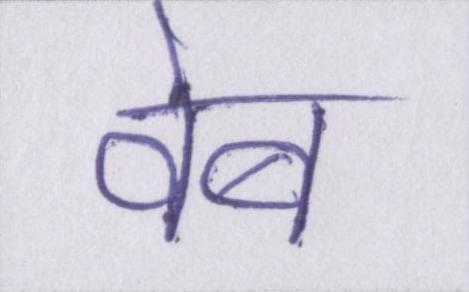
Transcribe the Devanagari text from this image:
वेब